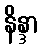
နိန္ဒာ